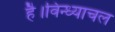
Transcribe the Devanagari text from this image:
है।विन्ध्याचल